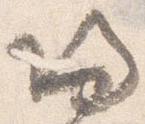
帰